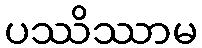
ပဿိဿာမ